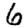
Digit: 6